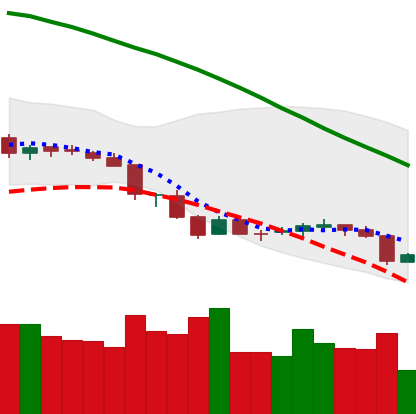
Ticker: NEO-USD
Chart end date: 2018-06-23
Forward return: -17.25%
Label: down_7plus